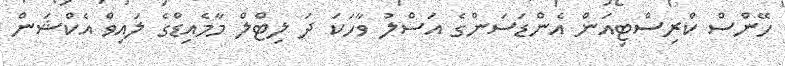
ހޭންސް ކްރިސްޓިއަން އެންޑަސަންގެ އަސްލު ވާހަކަ ދަ ލިޓްލް މާމެއިޑްގެ ލައިވް އެކްޝަން